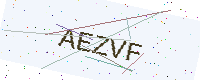
Text: AEZVF